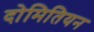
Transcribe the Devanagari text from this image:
दोमितियन